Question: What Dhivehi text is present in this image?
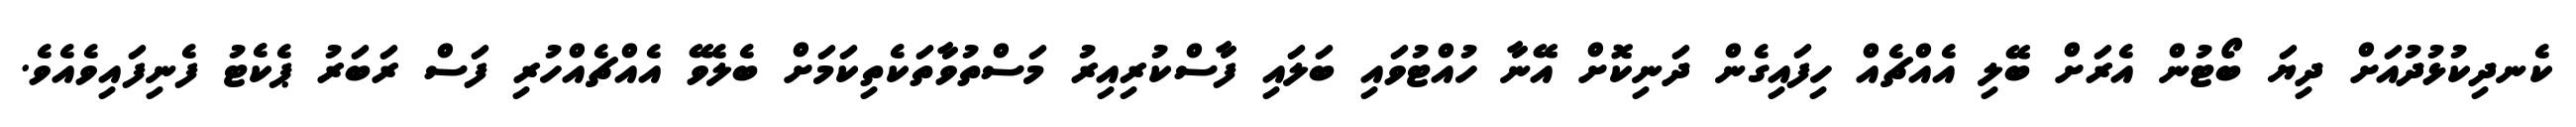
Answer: ކެނދިކުޅުދުއަށް ދިޔަ ބޯޓުން އެރަށް ބޭލި އެއްޗެއް ހިފައިގެން ދަނިކޮށް އޭނާ ހުއްޓުވައި ބަލައި ފާސްކުރިއިރު މަސްތުވާތަކެތިކަމަށް ބެލެވޭ އެއްޗެއްހުރި ފަސް ރަބަރު ޕެކެޓު ފެނިފައިވެއެވެ.